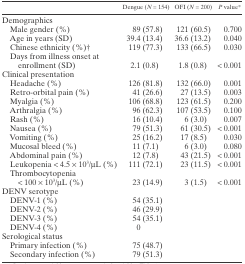
|  | Dengue (N = 154) | OFI (N = 200) | P value* |
 | --- | --- | --- | --- |
 | <COLSPAN=4> Demographics |
 | Male gender (%) | 89 (57.8) | 121 (60.5) | 0.700 |
 | Age in years (SD) | 39.4 (13.4) | 36.6 (13.2) | 0.040 |
 | Chinese ethnicity (%)† | 119 (77.3) | 133 (66.5) | 0.030 |
 | Days from illness onset at enrollment (SD) | 2.1 (0.8) | 1.8 (0.8) | < 0.001 |
 | <COLSPAN=4> Clinical presentation |
 | Headache (%) | 126 (81.8) | 132 (66.0) | 0.001 |
 | Retro-orbital pain (%) | 41 (26.6) | 27 (13.5) | 0.003 |
 | Myalgia (%) | 106 (68.8) | 123 (61.5) | 0.200 |
 | Arthralgia (%) | 96 (62.3) | 107 (53.5) | 0.100 |
 | Rash (%) | 16 (10.4) | 6 (3.0) | 0.007 |
 | Nausea (%) | 79 (51.3) | 61 (30.5) | < 0.001 |
 | Vomiting (%) | 25 (16.2) | 17 (8.5) | 0.030 |
 | Mucosal bleed (%) | 11 (7.1) | 6 (3.0) | 0.080 |
 | Abdominal pain (%) | 12 (7.8) | 43 (21.5) | < 0.001 |
 | Leukopenia < 4.5 × 103/μL (%) | 111 (72.1) | 23 (11.5) | < 0.001 |
 | Thrombocytopenia < 100 × 103/μL (%) | 23 (14.9) | 3 (1.5) | < 0.001 |
 | <COLSPAN=4> DENV serotype |
 | DENV-1 (%) | 54 (35.1) |  |  |
 | DENV-2 (%) | 46 (29.9) |  |  |
 | DENV-3 (%) | 54 (35.1) |  |  |
 | DENV-4 (%) | 0 |  |  |
 | <COLSPAN=4> Serological status |
 | Primary infection (%) | 75 (48.7) |  |  |
 | Secondary infection (%) | 79 (51.3) |  |  |